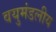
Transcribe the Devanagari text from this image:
वयुमंडलीय